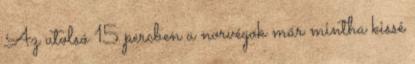
Az utolsó 15 percben a norvégok már mintha kissé